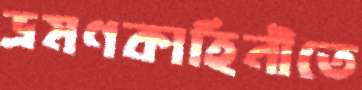
ভ্রমণকাহিনীতে